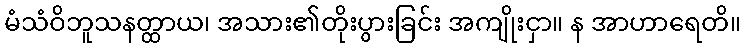
မံသံဝိဘူသနတ္ထာယ၊ အသား၏တိုးပွားခြင်း အကျိုးငှာ။ န အာဟာရေတိ။